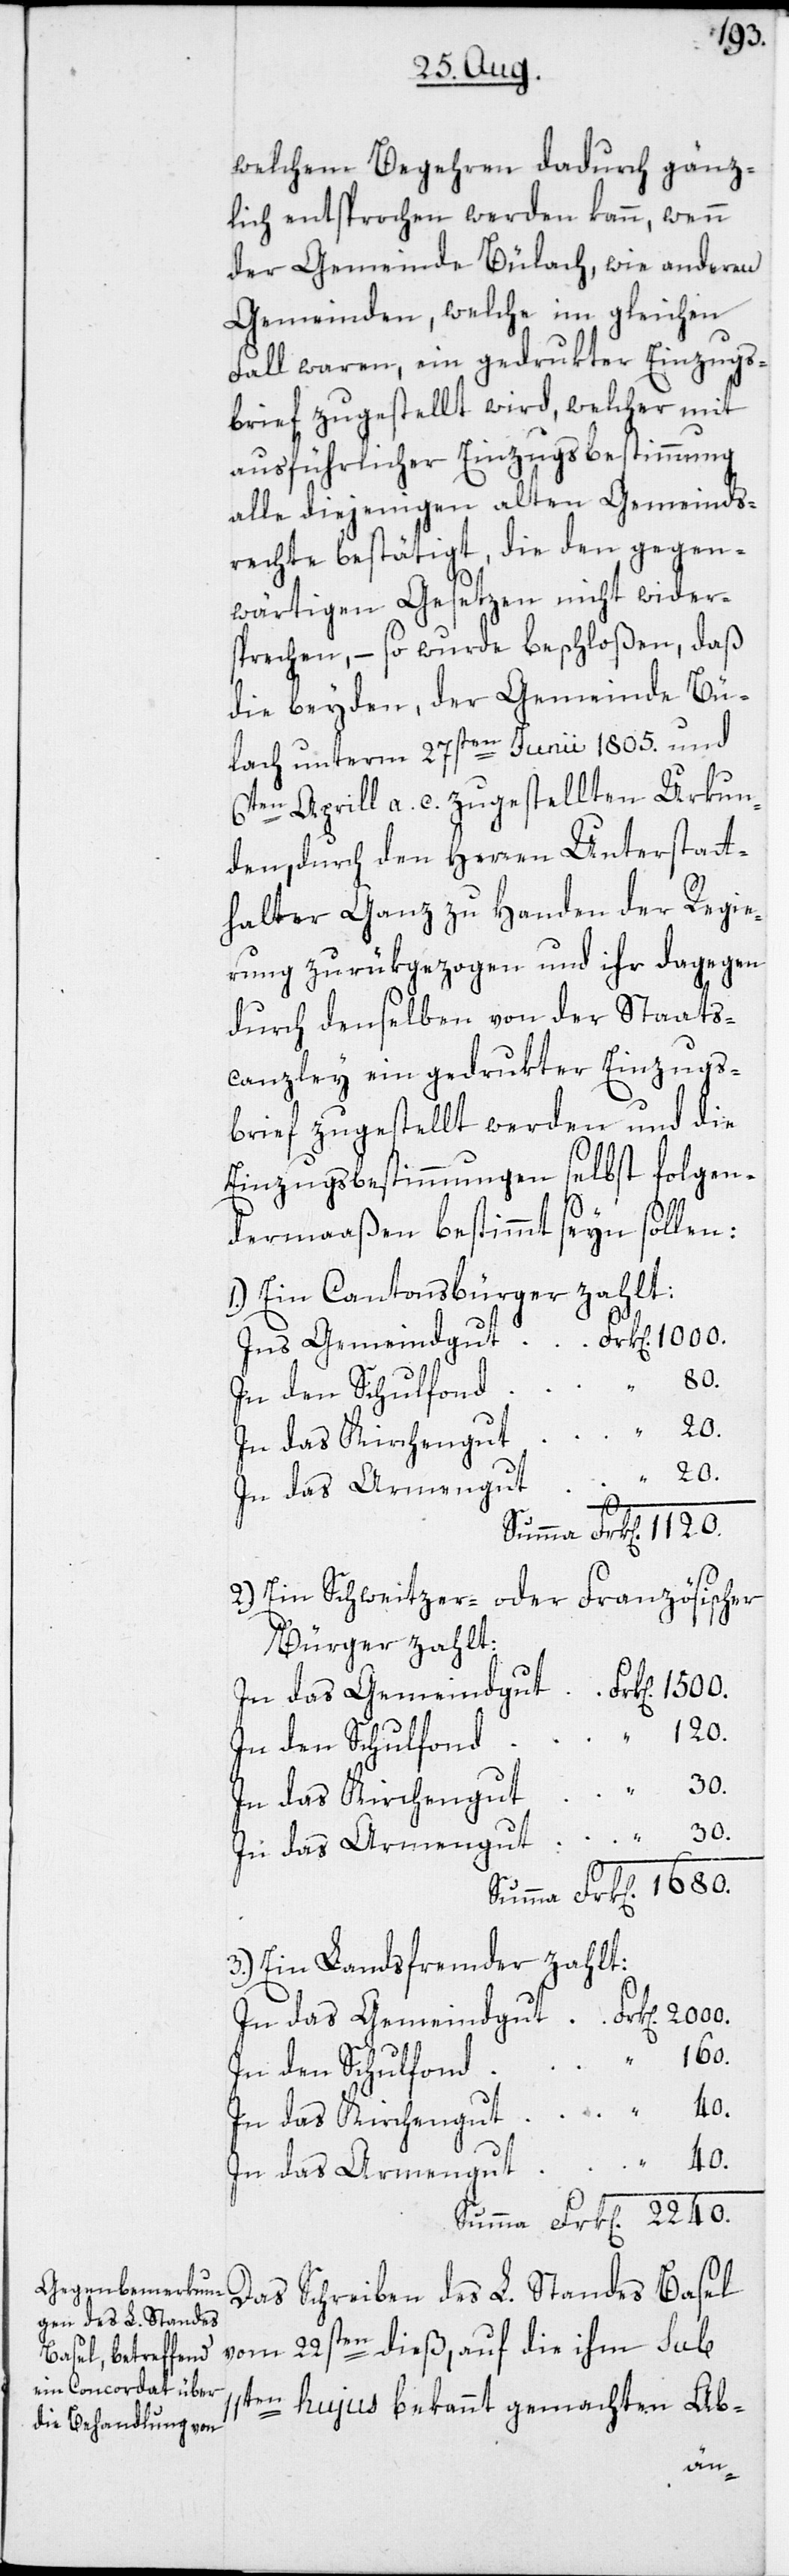
160.
welchem Begehren dadurch gänz¬
lich entsprochen werden kann, wenn
der Gemeinde Bülach, wie anderen
Gemeinden, welche im gleichen
Fall waren, ein gedrukter Einzugs¬
brief zugestellt wird, welcher mit
ausführlicher Einzugsbestimmung
alle diejenigen alten Gemeinds¬
rechte bestätigt, die den gegen¬
wärtigen Gesetzen nicht wider¬
sprechen, – so wurde beschloßen, daß
die beyden, der Gemeinde Bü¬
lach unterm 27sten Junii 1805. und
6ten Aprill a. c. zugestellten Urkun¬
den, durch den Herren Unterstatt¬
halter Ganz zu Handen der Regie¬
rung zurükgezogen und ihr dagegen
durch denselben von der Staats¬
canzley ein gedrukter Einzugs¬
brief zugestellt werden und die
Einzugsbestimmungen selbst folgen¬
dermaaßen bestimmt seyn sollen:
Ein Cantonsbürger zahlt:
2.) Ein Schweitzer- oder Französischer
Bürger zahlt:
In das Gemeindgut
In den Schulfond
1500.
11t¬
In das Kirchengut
30.
In das Armengut
3.) Ein Landsfremder zahlt:
In den Schulfond
In das Kirchengut
40.
Das Schreiben des L. Standes Basel
vom 22sten dieß, auf die ihm sub
en hujus bekannt gemachten Ab-